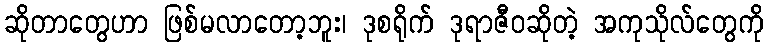
ဆိုတာတွေဟာ ဖြစ်မလာတော့ဘူး၊ ဒုစရိုက် ဒုရာဇီဝဆိုတဲ့ အကုသိုလ်တွေကို